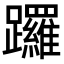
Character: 𨇽